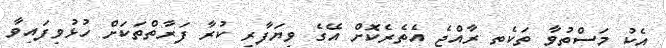
އެކު މަސްތުވާ ތަކެތި ރާއްޖެ އެތެރެކޮށް އޭގެ ވިޔަފާރި ކުރާ ފަރާތްތަކަށް ހުޅުވިފައިވާ